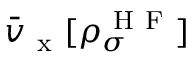
\bar { v } _ { \mathrm { ~ x ~ } } [ \rho _ { \sigma } ^ { \mathrm { ~ H ~ F ~ } } ]